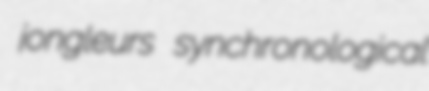
jongleurs synchronological